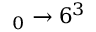
_ { 0 } \ensuremath { \rightarrow } 6 { } ^ { 3 }